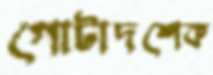
গোটাদশেক